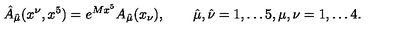
\hat { A } _ { \hat { \mu } } ( x ^ { \nu } , x ^ { 5 } ) = e ^ { M x ^ { 5 } } A _ { \hat { \mu } } ( x _ { \nu } ) , \qquad \hat { \mu } , \hat { \nu } = 1 , \dots 5 , \mu , \nu = 1 , \dots 4 .